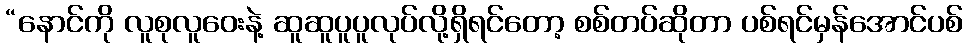
“နောင်ကို လူစုလူဝေးနဲ့ ဆူဆူပူပူလုပ်လို့ရှိရင်တော့ စစ်တပ်ဆိုတာ ပစ်ရင်မှန်အောင်ပစ်